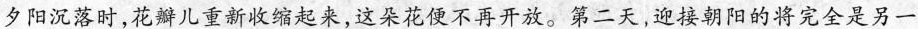
夕阳沉落时，花瓣儿重新收缩起来，这朵花便不再开放。第二天，迎接朝阳的将完全是另一